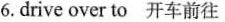
6.drive over to 开车前往